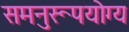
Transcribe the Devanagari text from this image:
समनुरूपयोग्य